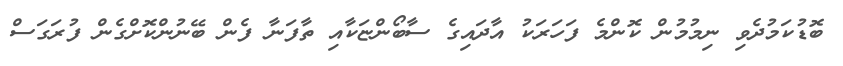
ބޮޑުކަމުދެވި ނިމުމުން ކޮންމެ ފަހަރަކު އާދައިގެ ސާބޯންޏަކާއި ތާފަނާ ފެން ބޭނުންކޮށްގެން ފުރަގަސް